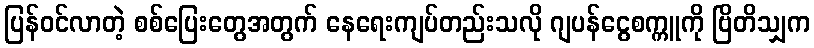
ပြန်ဝင်လာတဲ့ စစ်ပြေးတွေအတွက် နေရေးကျပ်တည်းသလို ဂျပန်ငွေစက္ကူကို ဗြိတိသျှက